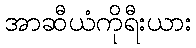
အာဆီယံကိုရီးယား